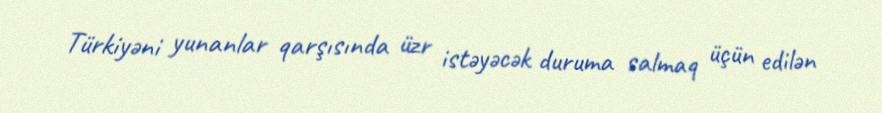
Türkiyəni yunanlar qarşısında üzr istəyəcək duruma salmaq üçün edilən